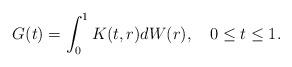
LaTeX: \begin{align*}G(t)=\int_0^1K(t,r)dW(r), \ \ \ 0\le t \le 1.\end{align*}